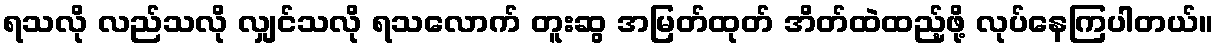
ရသလို လည်သလို လျှင်သလို ရသလောက် တူးဆွ အမြတ်ထုတ် အိတ်ထဲထည့်ဖို့ လုပ်နေကြပါတယ်။